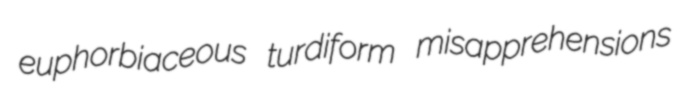
euphorbiaceous turdiform misapprehensions